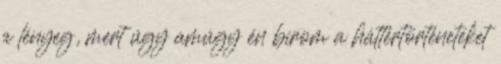
a lényeg, mert úgy amúgy én bírom a háttértörténeteket